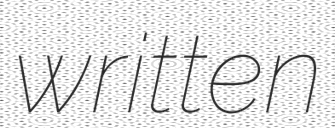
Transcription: written